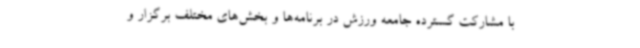
با مشارکت گسترده جامعه ورزش در برنامه‌ها و بخش‌های مختلف برگزار و